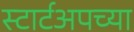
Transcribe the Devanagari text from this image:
स्टार्टअपच्या